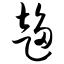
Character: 趋